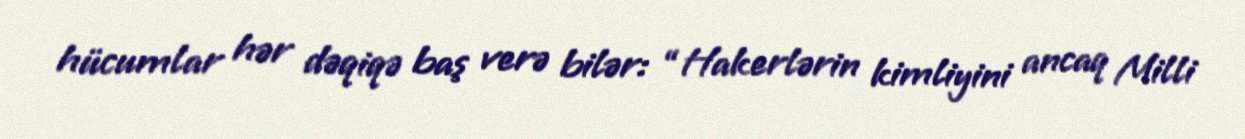
hücumlar hər dəqiqə baş verə bilər: “Hakerlərin kimliyini ancaq Milli